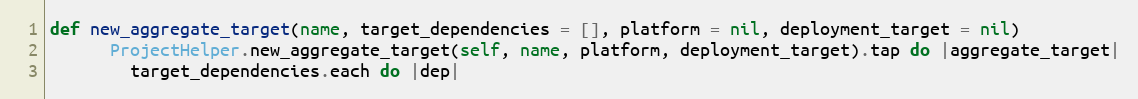
Language: Ruby
def new_aggregate_target(name, target_dependencies = [], platform = nil, deployment_target = nil)
      ProjectHelper.new_aggregate_target(self, name, platform, deployment_target).tap do |aggregate_target|
        target_dependencies.each do |dep|